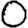
Digit: 0